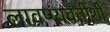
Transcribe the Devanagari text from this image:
लावण्यवतींशी